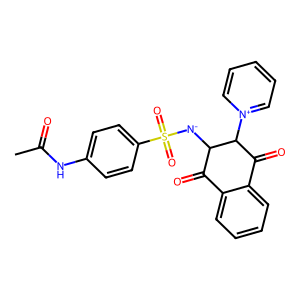
SMILES: CC(=O)Nc1ccc(S(=O)(=O)[N-]C2C(=O)c3ccccc3C(=O)C2[n+]2ccccc2)cc1
Inhibits HIV replication: No